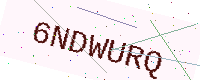
Text: 6NDWURQ